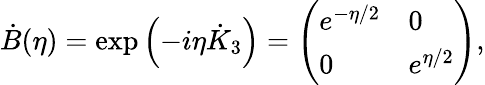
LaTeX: \dot{B}(\eta)=\exp{\left(-i\eta\dot{K}_{3}\right)}=\left(\begin{array}{ll}{{e^{-\eta/2}}}&{{0}}\\ {{0}}&{{e^{\eta/2}}}\end{array}\right),